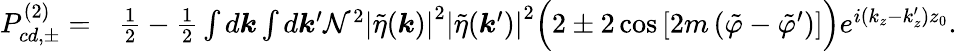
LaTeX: \begin{array}{rl}{P_{cd,\pm}^{(2)}=}&{\frac{1}{2}-\frac{1}{2}\int d\boldsymbol{k}\int d\boldsymbol{k}^{\prime}\mathcal{N}^{2}\left|\tilde{\eta}(\boldsymbol{k})\right|^{2}\left|\tilde{\eta}(\boldsymbol{k}^{\prime})\right|^{2}\Big(2\pm 2\cos{\left[2m\left(\tilde{\varphi}-\tilde{\varphi}^{\prime}\right)\right]}\Big)e^{i(k_{z}-k_{z}^{\prime})z_{0}}.}\end{array}